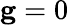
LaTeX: \mathbf g=0